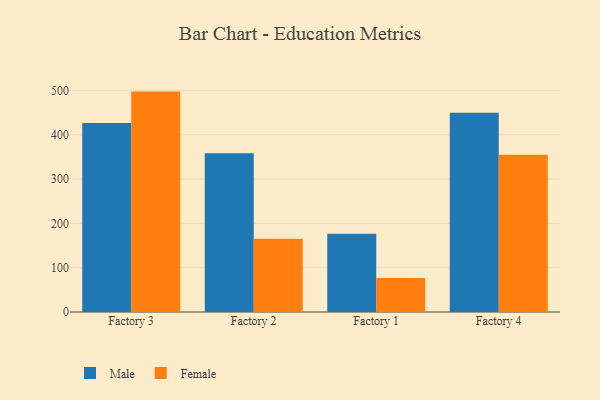
{"axis": {"x": "Factory", "y": "Net Income (USD K)"}, "legend": ["Female", "Male"], "data": [{"x": "Factory 3", "y": 426.2, "type": "Male"}, {"x": "Factory 3", "y": 497.1, "type": "Female"}, {"x": "Factory 2", "y": 358.2, "type": "Male"}, {"x": "Factory 2", "y": 165.1, "type": "Female"}, {"x": "Factory 1", "y": 176.7, "type": "Male"}, {"x": "Factory 1", "y": 76.8, "type": "Female"}, {"x": "Factory 4", "y": 449.4, "type": "Male"}, {"x": "Factory 4", "y": 354.8, "type": "Female"}]}